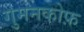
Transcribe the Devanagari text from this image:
गुमनकोफ़